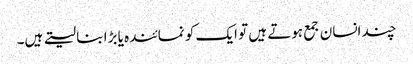
چند انسان جمع ہوتے ہیں تو ایک کو نمائندہ یا بڑا بنا لیتے ہیں۔